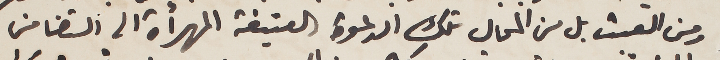
ومن العبث بل من المحال تلك الدعوة العتيقة المهرأة الى التضامن